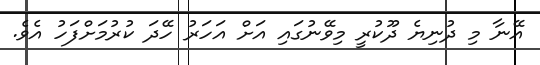
އޭނާ މި ދުނިޔެ ދޫކުރީ މިވޭނުގައި އަށް އަހަރު ހޭދަ ކުރުމަށްފަހު އެވެ.